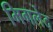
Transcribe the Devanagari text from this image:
मिगलेद